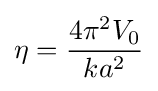
\eta ={\frac {4\pi ^{2}V_{0}}{ka^{2}}}